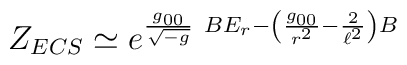
Z_{ECS}\simeq e^{\frac{g_{00}}{\sqrt{-g}}\ BE_r-\left(\frac{g_{00}}{r^2}-\frac{2}{\ell^2}\right)B}